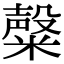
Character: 𥼆